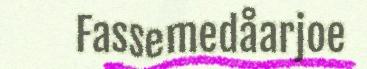
Fassemedåarjoe